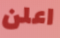
اعلن